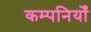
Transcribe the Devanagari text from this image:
कम्पनियोँ